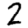
Digit: 2